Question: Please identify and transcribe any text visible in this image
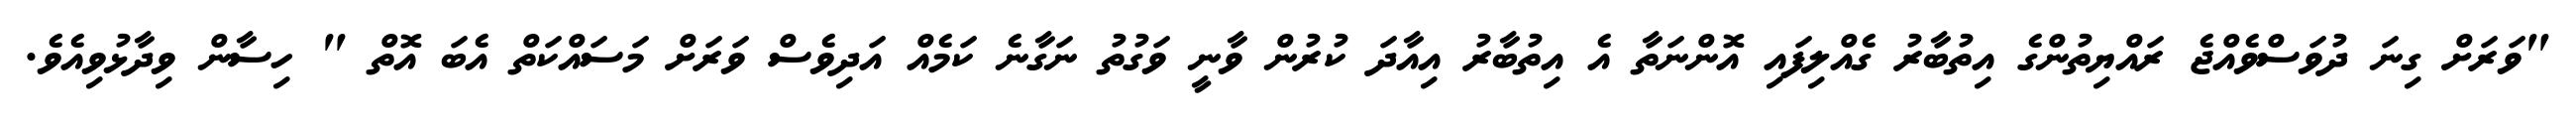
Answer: "ވަރަށް ގިނަ ދުވަސްވެއްޖެ ރައްޔިތުންގެ އިތުބާރު ގެއްލިފައި އޮންނަތާ އެ އިތުބާރު އިއާދަ ކުރުން ވާނީ ވަގުތު ނަގާނެ ކަމެއް އަދިވެސް ވަރަށް މަސައްކަތް އެބަ އޮތް " ހިސާން ވިދާޅުވިއެވެ.